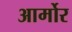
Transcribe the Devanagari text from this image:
आर्मोर